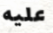
عليه